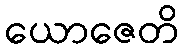
ယောဇေတိ